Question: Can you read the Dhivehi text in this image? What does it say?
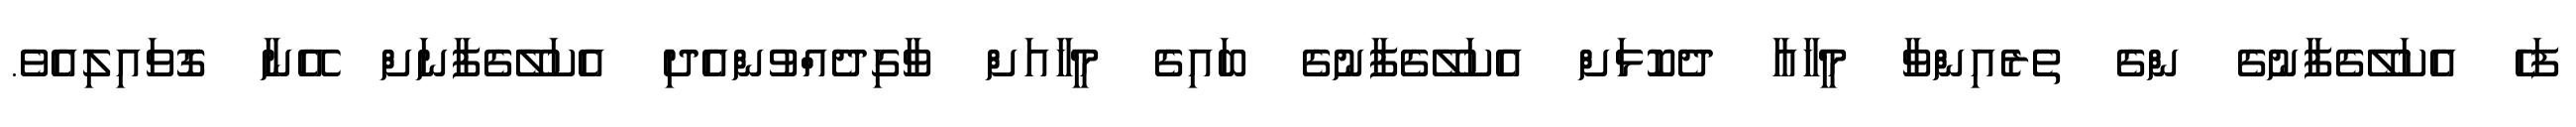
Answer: ފަހެ އެކަލޭގެފާނުގެ ންގެ ތެރެއިންވާ މީހާއާ ދެކޮޅަށް އެކަލޭގެފާނުގެ ބައިގެ މީހާއަށް ވާގިދެއްވުންއެދި އެކަލޭގެފާނަށް އޭނާ ގޮވައިލިއެވެ.